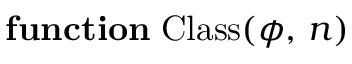
\mathbf { f u n c t i o n } \; { \mathrm { C l a s s } } ( \phi , \, n )